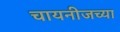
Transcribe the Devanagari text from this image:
चायनीजच्या